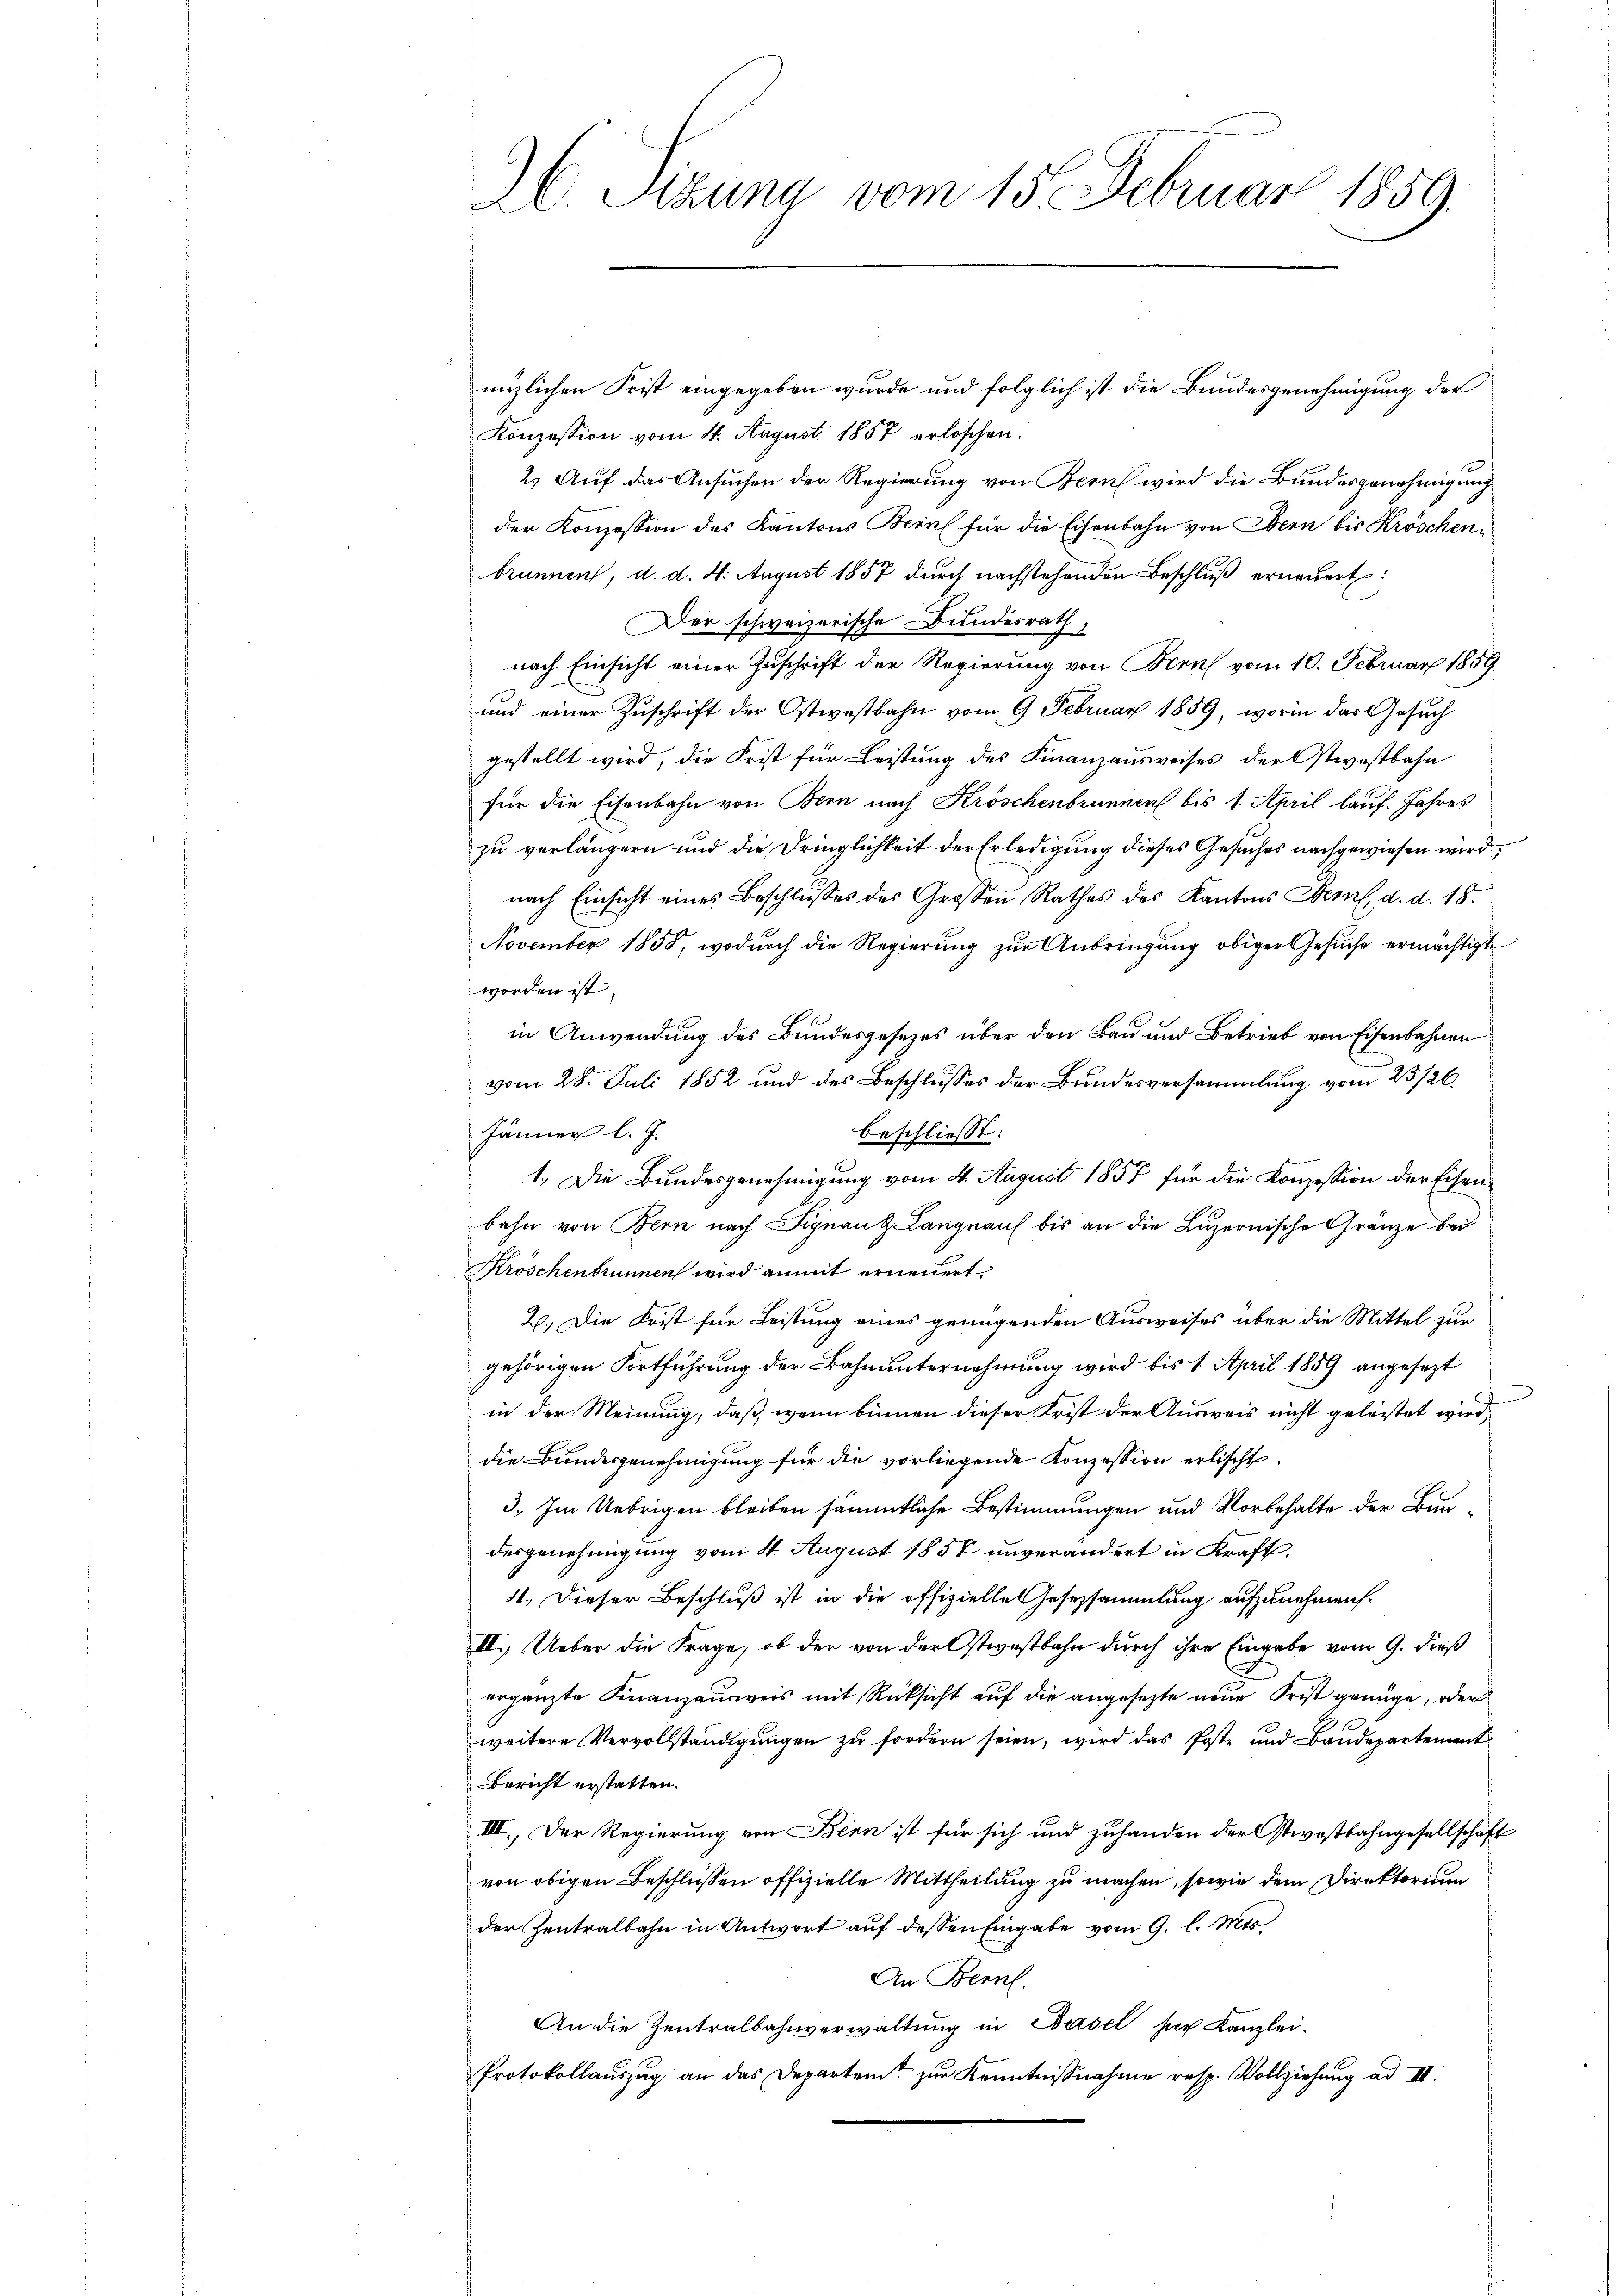
AC. Sitzung vom 15. Februar 1859.

nnzlichen Frist eingegeben wurde und folglich ist die Bundesgenehmigung der
Konzession vom 4. August 1857 erloschen.
2) Auf das Ansuchen der Regierung von Bern wird die Bundesgenehmigung
der Konzession des Kantons Bern für die Eisenbahn von Bern bis Kröschenbrunnen, d. d. 4. August 1857 durch nachstehenden Beschluß erneuert:
l
Der schweizerische Bundesrath
nach Einsicht einer Zuschrift der Regierung von Bern vom 10. Februar 1859
und einer Zuschrift der Ostwestbahn vom 9. Februar 1859, worin das Gesuch
gestellt wird, die Frist für Leistung des Finanzausweises der Ostwostbahn
für die Eisenbahn von Bern nach Kröschenbrunnen bis 1. April lauf. Jahres
zu verlängern und die Dringlichkeit der Erledigung dieses Gesuches nachgewiesen wird
nach Einsicht eines Beschlusses des Grossen Rathes des Kantons Bern, d. d. 18.
November 1858, wodurch die Regierung zur Anbringung obiger Gesuche ermächtigt
worden ist.
in Anwendung des Bundesgesezes über den Bau und Betrieb von Eisenbahnen
vom 28. Juli 1852 und des Beschlusses der Bundesversammlung vom 23/26.
Jänner l. J.
beschließt:
1. Die Bundesgenehmigung vom 4. August 1857 für die Konzession der Eisenbahn von Bern nach Signau & Langnauf bis an die Luzernische Gränze bei
Kröschenbrunnen wird anmit erneuert.
2. Die Frist für Leistung eines genügenden Ausweises über die Mittel zur
gehörigen Fortführung der Bahnunternehmung wird bis 1. April 1859 angesezt
in der Meinung, daß, wenn binnen dieser Frist der Ausweis nicht geleistet wird.
die Bundesgenehmigung für die vorliegende Konzession erlischt.
3. Im Uebrigen bleiben sämmtliche Bestimmungen und Vorbehalte der Bau-
dergenehmigung vom 4. August 1858 unverändert in Kraft,
4. Dieser Beschluß ist in die offizielle Gesetzsammlung aufzunehmen.
III. Ueber die Frage, ob der von der Ostwestbahn durch ihre Eingabe vom 9. dieß
ergänzte Finanzausweis mit Rücksicht auf die angesezte neue Frist genüge, oder
weitere Vervollständigungen zu fordern seien, wird das Poste und Baudepartement
Bericht erstatten.
III. Der Regierung von Bern ist für sich und zuhanden der Ostwestbahngesellschaft
von obigen Beschlüssen offizielle Mittheilung zu machen, sowie dem Direktorium
der Zentralbahn in Antwort auf dessen Eingabe vom 9. l. Mts.
An Bern.
An die Zentralbahnverwaltung in Basel ser Kanzlei-
Protokollaŭszŭg an das Departent zŭr Kenntnisnahme resp. Vollziehŭng ad II.